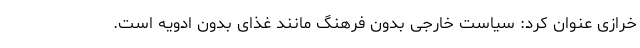
خرازی عنوان کرد: سیاست خارجی بدون فرهنگ مانند غذای بدون ادویه است.